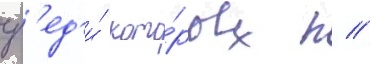
ср'ед'и́ кото́рых п //